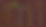
mil